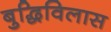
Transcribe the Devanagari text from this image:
बुद्धिविलास